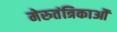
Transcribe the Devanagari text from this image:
मेरुतंत्रिकाओं